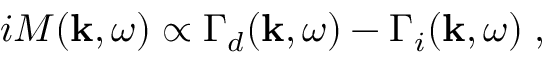
i { \cal M } ( { \bf k } , \omega ) \propto \Gamma _ { d } ( { \bf k } , \omega ) - \Gamma _ { i } ( { \bf k } , \omega ) \; ,